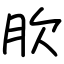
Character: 肷